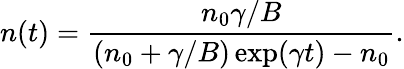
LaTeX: n(t)=\frac{n_{0}\gamma/B}{(n_{0}+\gamma/B)\exp(\gamma t)-n_{0}}.